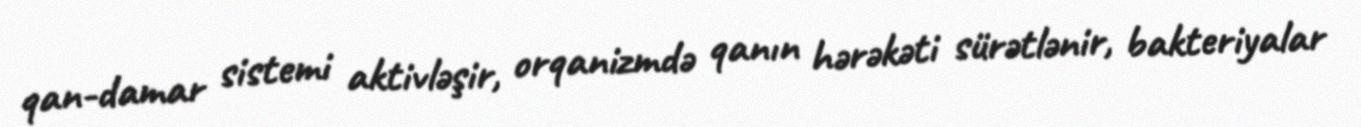
qan-damar sistemi aktivləşir, orqanizmdə qanın hərəkəti sürətlənir, bakteriyalar